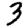
Digit: 3